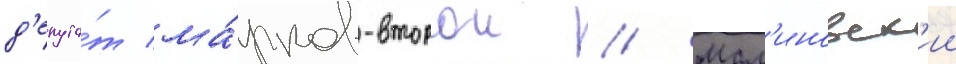
д'епута́т ма́рков-второи // Мал'иновск'ии